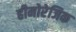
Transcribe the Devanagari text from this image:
हीमोरेजिक